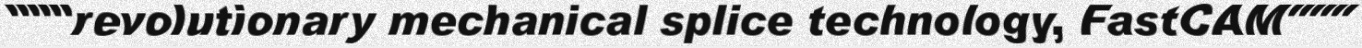
"""revolutionary mechanical splice technology, FastCAM"""